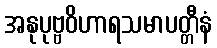
အနုပုဗ္ဗဝိဟာရသမာပတ္တီနံ